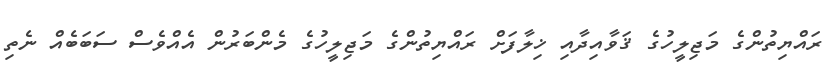
ރައްޔިތުންގެ މަޖިލީހުގެ ޤަވާއިދާއި ޚިލާފަށް ރައްޔިތުންގެ މަޖިލީހުގެ މެންބަރުން އެއްވެސް ސަބަބެއް ނެތި